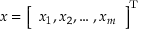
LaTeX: { \boldsymbol { x } } = { \left[ \begin{array} { l } { x _ { 1 } , x _ { 2 } , \dots , x _ { m } } \end{array} \right] } ^ { \mathrm { { T } } }